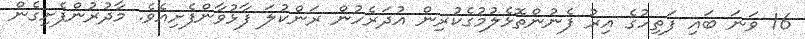
16 ވަނަ ބައި ފަތިހުގެ އިރު ފެނުންތޮޅެލުމުގެކުރިން އުދަރެހުން ރަންކުލަ ފާޅުވާންފެށިއެވެ. މާދުރުންފެށިގެން